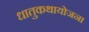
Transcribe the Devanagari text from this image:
धातुकथायोजना